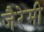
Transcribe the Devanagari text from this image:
जैरेमी